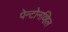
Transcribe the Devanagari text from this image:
पेन्टोनव्हिल